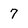
Character: 7